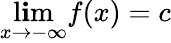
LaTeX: \operatorname*{l\mathbf{i}m}_{x\rightarrow-\infty}f(x)=c